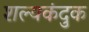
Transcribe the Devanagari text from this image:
शल्यकंदुक